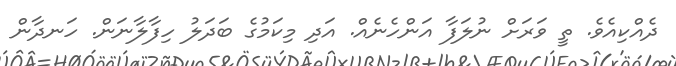
ދެއްކިއެވެ. ތީ ވަރަށް ނުލަފާ އަންހެނެއް. އަދި މިކަމުގެ ބަދަލު ހިފާލާނަން. ހަނދާން